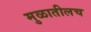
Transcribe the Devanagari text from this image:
मुळातीलच